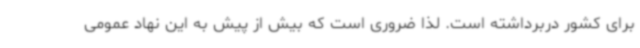
برای کشور دربرداشته است. لذا ضروری است که بیش از پیش به این نهاد عمومی